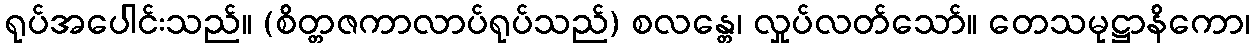
ရုပ်အပေါင်းသည်။ (စိတ္တဇကာလာပ်ရုပ်သည်) စလန္တေ၊ လှုပ်လတ်သော်။ တေသမုဋ္ဌာနိကော၊